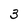
Character: 3